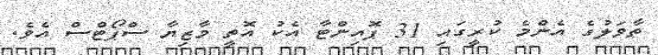
ތާވަލުގެ އެންމެ ކުރީގައި 31 ޕޮއިންޓާ އެކު އޮތީ މާޒިޔާ ސްޕޯޓްސް އެވެ.